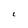
Character: L